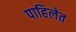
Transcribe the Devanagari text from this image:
पाहिलेत